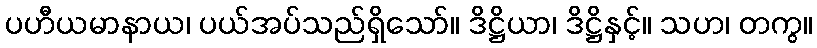
ပဟီယမာနာယ၊ ပယ်အပ်သည်ရှိသော်။ ဒိဋ္ဌိယာ၊ ဒိဋ္ဌိနှင့်။ သဟ၊ တကွ။